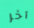
آخر